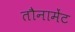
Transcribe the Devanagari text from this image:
तौनामेंट